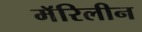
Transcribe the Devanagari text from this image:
मॅरिलीन